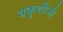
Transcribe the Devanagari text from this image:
यकुशीजी